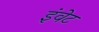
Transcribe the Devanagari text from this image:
इंवेट